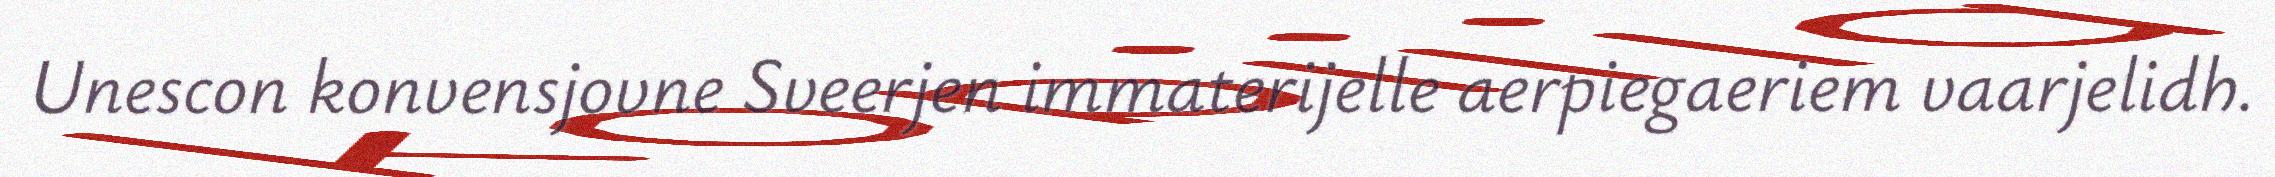
Unescon konvensjovne Sveerjen immaterijelle aerpiegaeriem vaarjelidh.